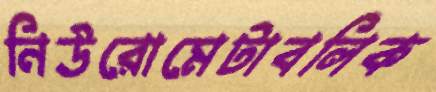
নিউরোমেটাবলিক